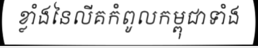
ខ្លាំងនៃលីគកំពូលកម្ពុជាទាំង